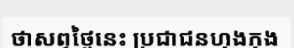
ថាសព្វថ្ងៃនេះ ប្រជាជនហុងកុង